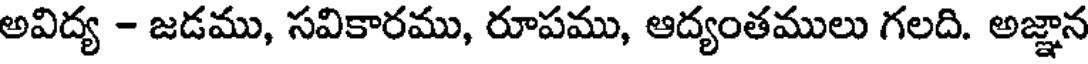
అవిద్య - జడము, సవికారము, రూపము, ఆద్యంతములు గలది. అజ్ఞాన